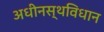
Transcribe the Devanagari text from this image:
अधीनस्थविधान